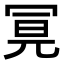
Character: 𭁶